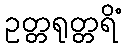
ဥတ္တရုတ္တရိံ